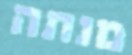
מנתה